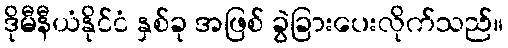
ဒိုမီနီယံနိုင်ငံ နှစ်ခု အဖြစ် ခွဲခြားပေးလိုက်သည်။